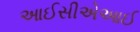
આઈસીએઆઈ